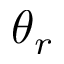
\theta _ { r }